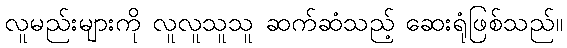
လူမည်းများကို လူလူသူသူ ဆက်ဆံသည့် ဆေးရုံဖြစ်သည်။